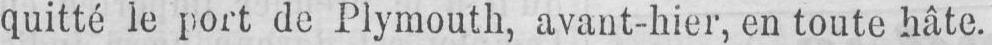
quitté le port de Plymouth, avant-hier, en toute hâte.